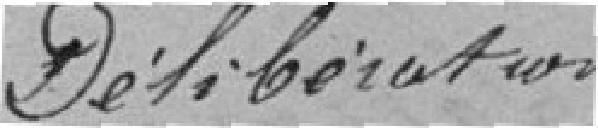
Délibération